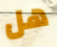
هل